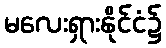
မလေးရှားနိုင်ငံ၌